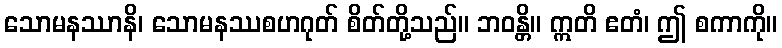
သောမနဿာနိ၊ သောမနဿစဟဂုတ် စိတ်တို့သည်။ ဘဝန္တိ။ ဣတိ ဧတံ၊ ဤ စကာကို။